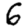
Digit: 6